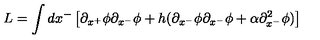
L = \int d x ^ { - } \left[ \partial _ { x ^ { + } } \phi \partial _ { x ^ { - } } \phi + h ( \partial _ { x ^ { - } } \phi \partial _ { x ^ { - } } \phi + \alpha \partial _ { x ^ { - } } ^ { 2 } \phi ) \right]